Report on plague and inoculation in the Punjab from October 1st ... to September 30th..., being the ... season of plague in the province
Disease focus: Plague
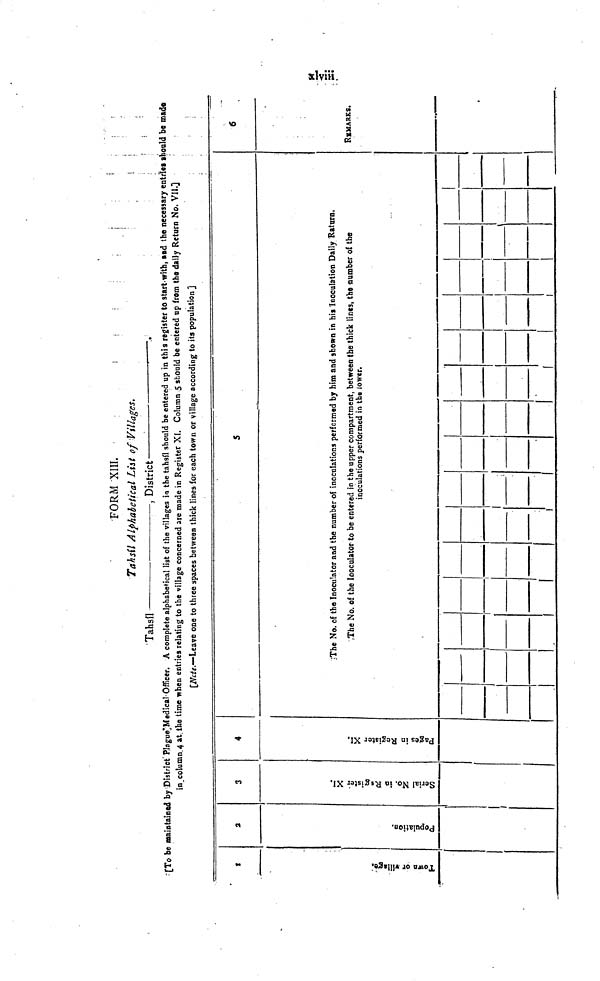
FORM XIII.
Tahsil Alphabetical List of Villages.
Tahsil-
, District
'[To be Maintained by District Plague'Medical Officer. A complete alphabetical list of the villages in the tahsfl should be entered up in this register to start with, and the necessary entries should be made
in column 4 at the time when entries relating to the village concerned are made in Register XI. Column 5 should be entered up from the daily Return No. VII.]
[Ncte.—Leave one to three spaces between thick lines for each town or village according to its population ]
1
Town or Village
2
Population.
3
Serial No. in Resgister XI.
4
Pages in Register XI.
5
The No. of the Inoculator and the number of inoculations performed by him and shown in his Inoculation Daily Raturn.
The No. of the Inoculator to be entered in the upper compartment, between the thick lines, the number of the
inoculations performed in the lower.
•
6
REMARKS.